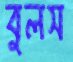
বুলস